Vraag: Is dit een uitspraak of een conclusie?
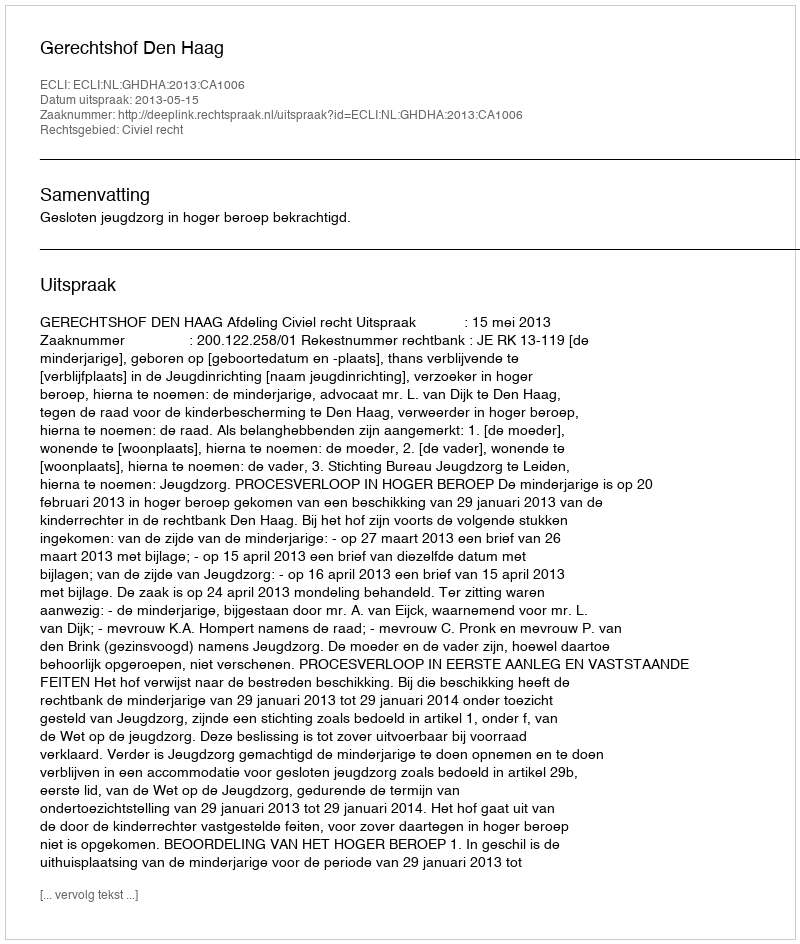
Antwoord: Uitspraak